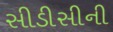
સીડીસીની